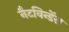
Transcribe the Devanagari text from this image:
नैटविन्डेंस